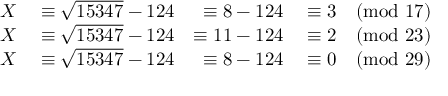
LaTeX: \begin{array} { r l r l } { X } & { { } \equiv { \sqrt { 1 5 3 4 7 } } - 1 2 4 } & { \equiv 8 - 1 2 4 } & { { } \equiv 3 { \pmod { 1 7 } } } \\ { X } & { { } \equiv { \sqrt { 1 5 3 4 7 } } - 1 2 4 } & { \equiv 1 1 - 1 2 4 } & { { } \equiv 2 { \pmod { 2 3 } } } \\ { X } & { { } \equiv { \sqrt { 1 5 3 4 7 } } - 1 2 4 } & { \equiv 8 - 1 2 4 } & { { } \equiv 0 { \pmod { 2 9 } } } \end{array}